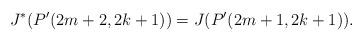
LaTeX: \begin{align*}J^*(P'(2m+2, 2k+1))= J(P'(2m+1, 2k+1)).\end{align*}